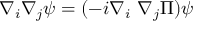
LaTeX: \nabla _ { i } \nabla _ { j } \psi = ( - i \nabla _ { i } \mathrm { ~ } \nabla _ { j } \Pi ) \psi